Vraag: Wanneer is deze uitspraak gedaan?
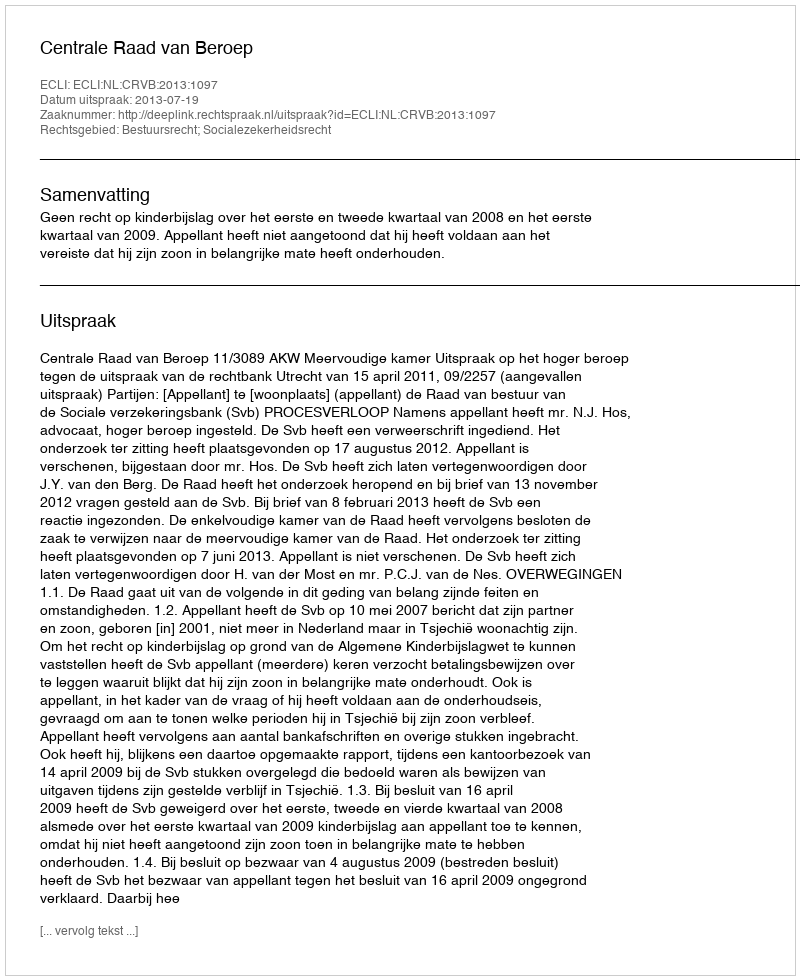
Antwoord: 2013-07-19